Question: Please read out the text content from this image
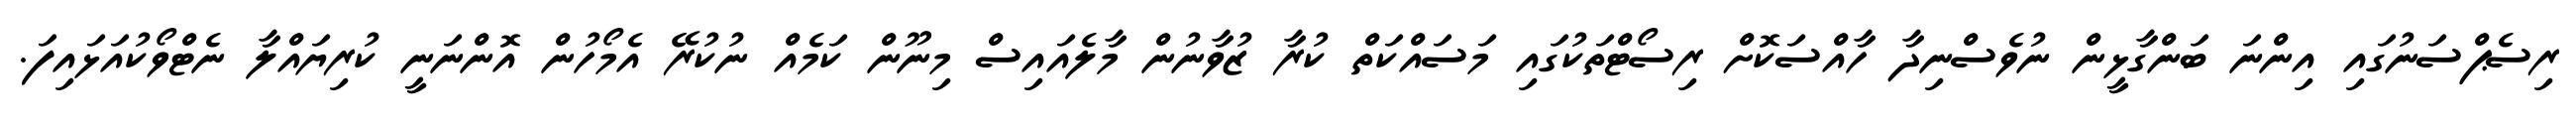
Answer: ރިސެޕްސަނުގައި އިންނަ ބަންގާޅީން ނުވެސްނިދާ ހާއްސަކޮށް ރިސޯޓްތަކުގައި މަސައްކަތް ކުރާ ޒުވާނުން މާލެއައިސް މިނޫން ކަމެއް ނުކުރޭ އެމޯހުން އޮންނަނީ ކުރިޔައްލާ ނެޓްވޯކުއަޅައިފަ.